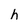
Character: h